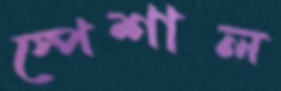
স্পেশাল